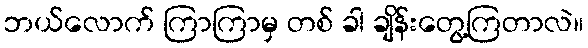
ဘယ်လောက် ကြာကြာမှ တစ် ခါ ချိန်းတွေ့ကြတာလဲ။